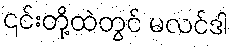
၎င်းတို့ထဲတွင် မလင်ဒါ